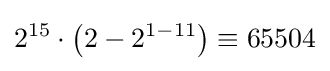
2^{15}\cdot \left(2-2^{1-11}\right)\equiv 65504